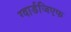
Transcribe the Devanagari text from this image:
ग्वार्डजिएफ